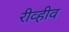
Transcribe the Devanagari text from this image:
रीव्हीव